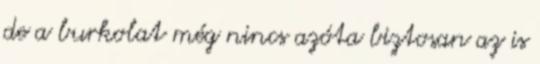
de a burkolat még nincs azóta biztosan az is